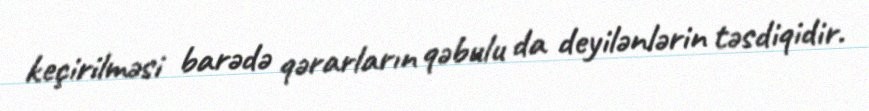
keçirilməsi barədə qərarların qəbulu da deyilənlərin təsdiqidir.